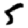
Digit: 5